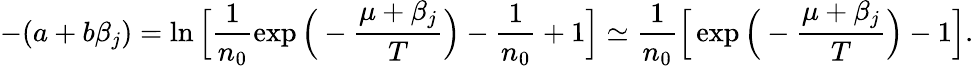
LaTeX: -(a+b\beta_{j})=\ln{\Big[\frac{1}{n_{0}}\exp{\Big(-\frac{\mu+\beta_{j}}{T}\Big)}-\frac{1}{n_{0}}+1\Big]}\simeq\frac{1}{n_{0}}\Big[\exp{\Big(-\frac{\mu+\beta_{j}}{T}\Big)}-1\Big].